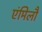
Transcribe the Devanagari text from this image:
एंमिलौ